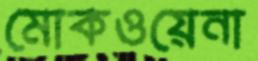
মোকওয়েনা